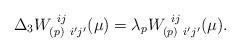
LaTeX: \begin{align*}\Delta_{3} W^{\ ij}_{(p)\ i'j'}(\mu) = \lambda_{p}W^{\ ij}_{(p)\ i'j'}(\mu).\end{align*}